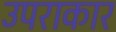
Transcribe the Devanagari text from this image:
उपराकार